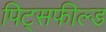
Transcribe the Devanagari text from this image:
पिट्सफील्ड